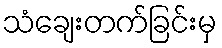
သံချေးတက်ခြင်းမှ